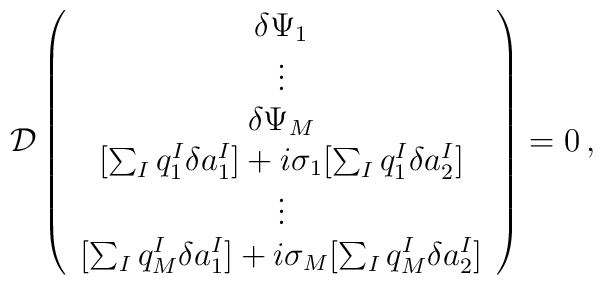
{\cal D}\left(\begin{array}{c}    \delta\Psi_1\\ \vdots\\ \delta\Psi_M\\    {[\sum_Iq_1^I\delta a_1^I]+i\sigma_1[\sum_Iq_1^I\delta a_2^I]}\\ \vdots\\    {[\sum_Iq_M^I\delta a_1^I]+i\sigma_M[\sum_Iq_M^I\delta a_2^I]}    \end{array}\right)=0\,,